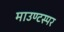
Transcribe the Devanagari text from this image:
माउण्टस्पर